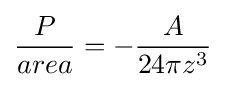
{\frac {P}{area}}=-{\frac {A}{24\pi z^{3}}}